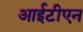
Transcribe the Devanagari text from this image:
आईटीएन